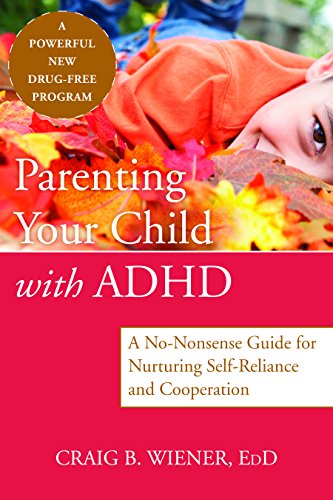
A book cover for Parenting Your Child with ADHD: A No-Nonsense Guide for Nurturing Self-Reliance and Cooperation; Craig Wiener EdD; Parenting & Relationships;